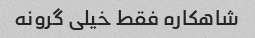
شاهکاره فقط خیلی گرونه